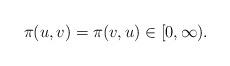
LaTeX: \begin{align*}\pi(u,v)=\pi(v,u)\in[0,\infty).\end{align*}